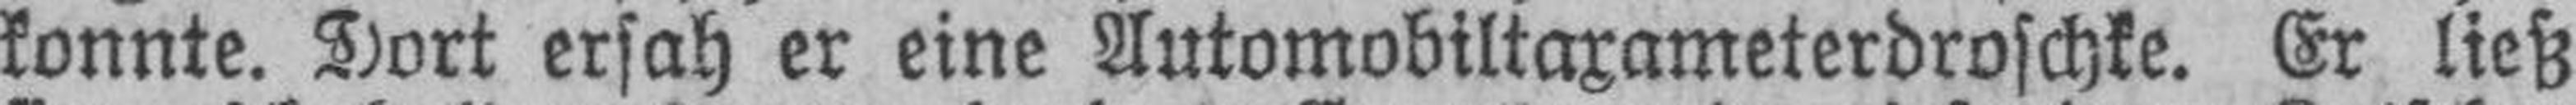
konnte. Dort ersah er eine Automobiltaxameterdroschke. Er ließ